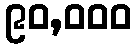
၉၀,၀၀၀